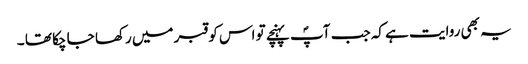
یہ بھی روایت ہے کہ جب آپؐ پہنچے تو اس کو قبر میں رکھا جا چکا تھا ۔